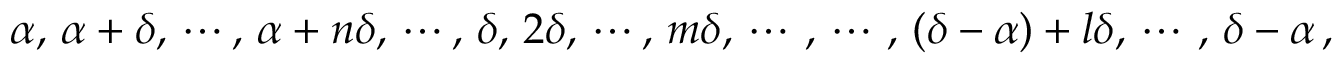
\alpha , \, \alpha + \delta , \, \cdots , \, \alpha + n \delta , \, \cdots , \, \delta , \, 2 \delta , \, \cdots , \, m \delta , \, \cdots \, , \, \cdots \, , \, ( \delta - \alpha ) + l \delta , \, \cdots \, , \, \delta - \alpha \, ,